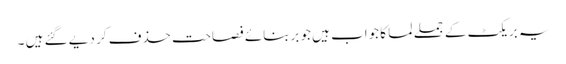
یہ بریکٹ کے جملے لما کا جواب ہیں جو بربنائے فصاحت حذف کر دیے گئے ہیں ۔